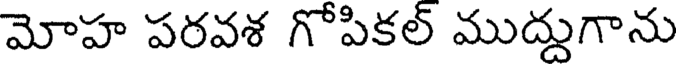
మోహ పరవశ గోపికల్ ముద్దుగాను